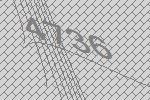
4736